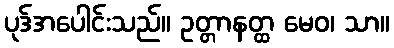
ပုဒ်အပေါင်းသည်။ ဥတ္တာနတ္ထ မေဝ၊ သာ။